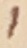
Text: 1